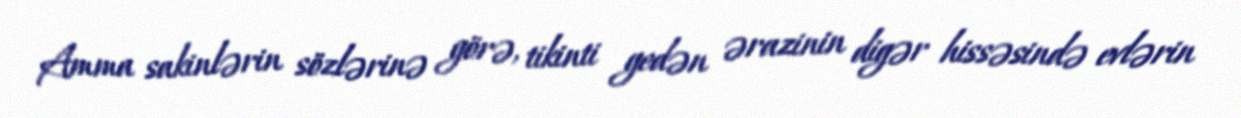
Amma sakinlərin sözlərinə görə, tikinti gedən ərazinin digər hissəsində evlərin